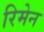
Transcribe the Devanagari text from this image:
रिमेन